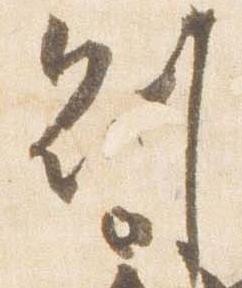
則